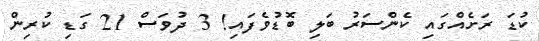
ކުޑަ ރަށެއްގައި ކެންސަރު ބަލި ބޮޑުވެފައި! 3 ދުވަސް 21 ގަޑި ކުރިން